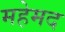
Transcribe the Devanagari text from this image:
महेमद